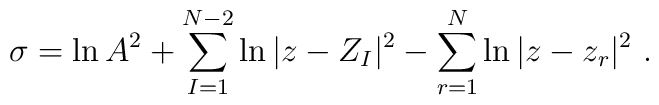
\sigma =\ln A^2  +\sum_{I=1}^{N-2} \ln|z - Z_I|^2 -\sum_{r=1}^{N} \ln|z-z_r|^2\ .